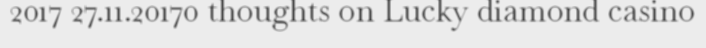
2017 27.11.20170 thoughts on Lucky diamond casino